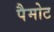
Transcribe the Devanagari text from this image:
पैमोट